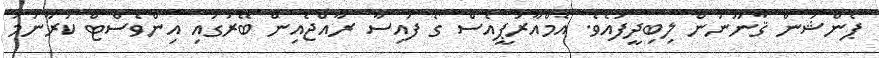
ޕެންޝަން ޤާނޫނުން ލިބިދީފައެވެ. އެމްއާރުޕީއެސް ގެ ފައިސާ ރާއްޖެއިން ބޭރުގައި އިންވެސްޓް ކުރާނަމަ